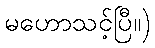
မဟောသင့်ပြီ။)